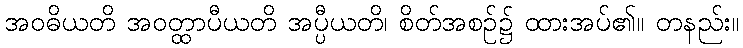
အဝဓိယတိ အဝတ္ထာပီယတိ အပ္ပီယတိ၊ စိတ်အစဉ်၌ ထားအပ်၏။ တနည်း။